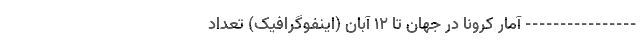
---------------- آمار کرونا در جهان تا ۱۲ آبان (اینفوگرافیک) تعداد